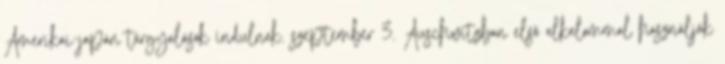
Amerikai-japán tárgyalások indulnak. szeptember 3. Auschwitzban elsõ alkalommal használják